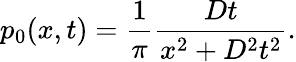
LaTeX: p_{0}(x,t)=\frac{1}{\pi}\frac{Dt}{x^{2}+D^{2}t^{2}}.